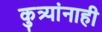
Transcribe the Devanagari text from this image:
कुत्र्यांनाही